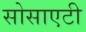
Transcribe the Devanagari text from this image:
सोसाएटी